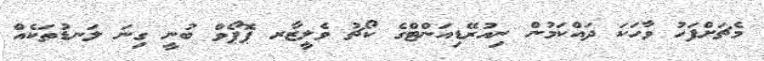
މެޗަށްފަހު ވާހަކަ ދައްކަމުން ނިއުރޭޑިއަންޓްގެ ކޯޗު ވެލީޒާރ ޕޮޕޯވް ބުނީ ގިނަ ލަނޑުތަކެއް